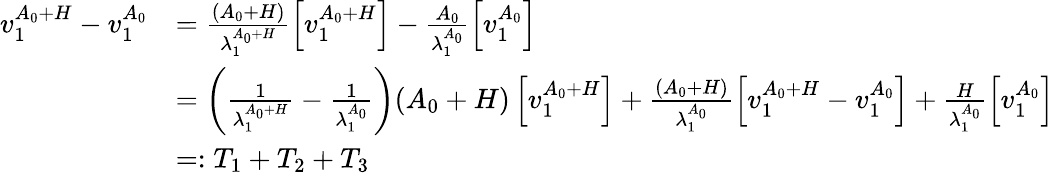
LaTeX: \begin{array}{rl}{v_{1}^{A_{0}+H}-v_{1}^{A_{0}}}&{=\frac{(A_{0}+H)}{\lambda_{1}^{A_{0}+H}}\left[v_{1}^{A_{0}+H}\right]-\frac{A_{0}}{\lambda_{1}^{A_{0}}}\left[v_{1}^{A_{0}}\right]}\\ &{=\left(\frac{1}{\lambda_{1}^{A_{0}+H}}-\frac{1}{\lambda_{1}^{A_{0}}}\right)(A_{0}+H)\left[v_{1}^{A_{0}+H}\right]+\frac{(A_{0}+H)}{\lambda_{1}^{A_{0}}}\left[v_{1}^{A_{0}+H}-v_{1}^{A_{0}}\right]+\frac{H}{\lambda_{1}^{A_{0}}}\left[v_{1}^{A_{0}}\right]}\\ &{=:T_{1}+T_{2}+T_{3}}\end{array}